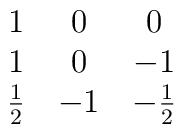
\matrix{ 1 & 0 & 0 \cr 1 &  0  & -1 \cr               {1\over2} & -1 & -{1\over2} \cr}